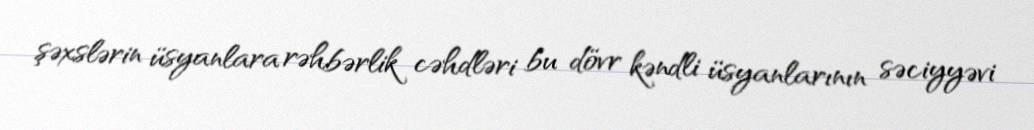
şəxslərin üsyanlara rəhbərlik cəhdləri bu dövr kəndli üsyanlarının səciyyəvi